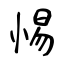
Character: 惕